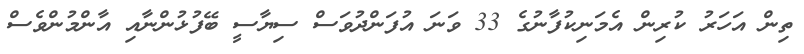
ތިން އަހަރު ކުރިން އެމަނިކުފާނުގެ 33 ވަނަ އުފަންދުވަސް ސިޔާސީ ބޭފުޅުންނާއި އާންމުންވެސް